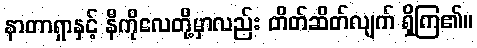
နာတာရှာနှင့် နီကိုလေတို့မှာလည်း တိတ်ဆိတ်လျက် ရှိကြ၏။